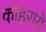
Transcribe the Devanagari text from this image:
कोहराये